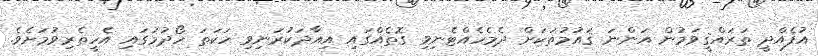
އުފެއްދީ ތަރައްޤީވަމުން އަންނަ ޤައުމުތަކަށް ދެމެހެއްޓެނިވި ގޮތެއްގައި އިއާދަކުރަނިވި ހަކަތަ ހޯދުމުގައި އެހީތެރިވުމަށެވެ.